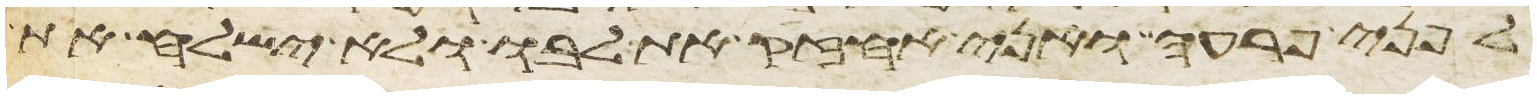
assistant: לפני פרעה ואני אחזיק את לבו ולא ישלח את